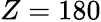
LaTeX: Z=180